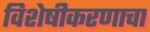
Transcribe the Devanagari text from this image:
विशेषीकरणाचा